Vaccination North-Western Provinces 1866-1877 - 1866-1877
Year: 1866
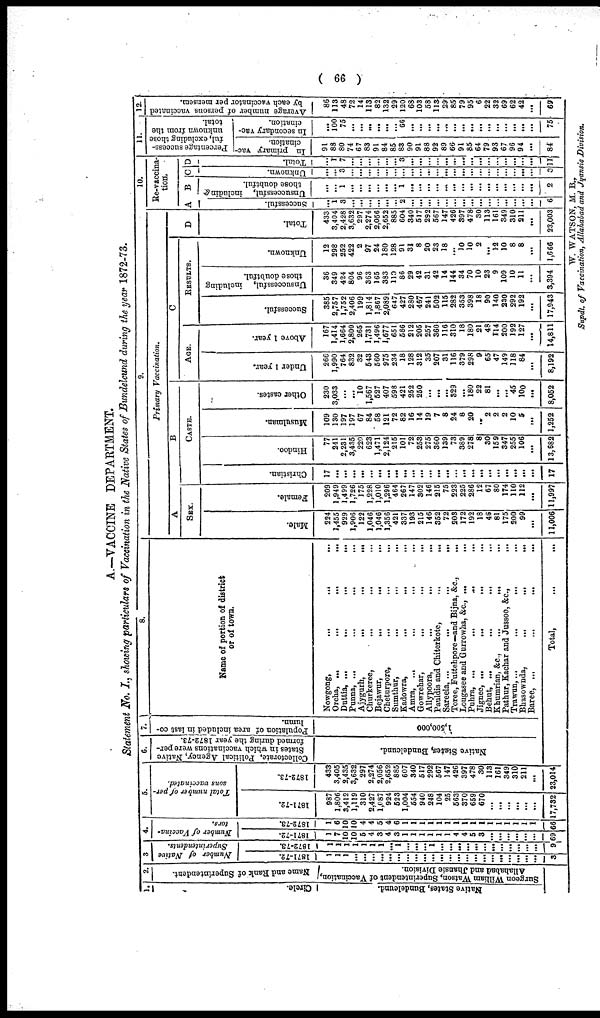
( 66 )
A.—VACCINE DEPARTMENT.
Statement No. I., showing particulars of Vaccination in the Native States of Bundelcund during the year 1872-73.
1.
Circle.
Nat i
ve St at es, Bunde lc
und.
2.
Name and Rank of Superintendent.
Sur ge on Wi l
l
i
a m Wat s on, Supe r
i
nt e nde nt of Vacci nat i
on,
Allahabad and J hans i
e Di vi s i
on.
3.
Number of Native
Superintendents.
1871-72.
1
1
1
...
...
...
...
...
...
...
...
...
...
...
...
...
...
...
...
...
...
...
...
...
3
1872-73.
1
1
1
1
1
1
1
...
1
...
...
...
1
...
...
...
...
...
...
...
...
...
...
...
9
4.
Number of Vaccina-
tors.
1871-72.
1
7
10
10
5
4
3
4
3
1
1
1
1
1
1
4
4
5
3
...
...
...
...
...
...
69
1872-73.
1
6
70
10
4
4
5
4
6
1
1
1
1
1
1
1
1
1
1
1
1
1
1
1
1
66
5.
Total number of per-
sons vaccinated.
1871-72.
987
1,806
3,412
1,119
310
2,427
1,087
924
523
1,004
654
940
248
104
25
563
370
659
670
...
...
...
...
...
...
17,732
1872-73.
433
3,405
2,435
3,632
297
2,274
2,056
2,652
885
607
340
517
292
567
147
426
397
478
30
113
161
349
310
211
...
23,014
6.
Collectorate, Political Agency, Native
States in which vaccinations were per-
formed during the year 1872-73.
Nat i
ve St at es, Bunde lc
und,
7.
Population of area included in last co-
lumn.
1,500,000
8.
Name of portion of district
or of town.
Nowgong,
...
...
...
Orcha,
...
...
...
...
Duttia,
...
...
...
...
Punna,
...
...
...
...
Ajygurh,
...
...
...
Churkeree,
...
...
...
Bejawur,
...
...
...
Cheturpore,
...
...
...
Sumthur,
...
...
...
Kadowra,
...
...
...
Amra,
...
...
...
...
Gowrehar,
...
...
Allypoora,
...
...
...
Pauldis and Chiterkote,
...
...
Sareela,
...
...
...
...
Toree, Futtehpore—and Bijna, &c., ...
Lougasee and Gurrowha, &c.,
...
...
Puhra,
...
...
...
...
Jignee,
...
...
...
...
Behut, ... ... ... ...
Khumrian, &c.,
...
...
,..
Pathur, Kachar and Jussoo, &c.,
...
Trawun,
...
...
...
...
Bhasownda,
...
...
...
Baree,
...
...
...
...
Total, ... ... ... ...
9.
Primary Vaccination.
A
SEX.
Male.
224
1,455
929
1,906
122
1,046
1,046
1,356
421
337
193
215
146
352
72
203
172
192
18
46
81
175
200
99
...
11,006
Female.
209
1,949
1,499
1,726
175
1,228
1,010
1,296
464
267
147
302
146
215
75
223
225
286
12
67
80
174
110
212
...
11,997
B
CASTE.
Christian.
17
...
...
...
...
...
...
...
...
...
...
...
...
...
...
...
...
...
...
...
...
...
...
...
...
17
Hindoo.
77
241
2,231
3,435
220
623
1,471
2,124
215
101
72
253
275
360
139
73
389
278
8
30
159
347
255
106
...
13,682
Musulman.
109
130
197
197
67
84
58
121
72
82
16
14
19
7
8
24
8
20
..
2
2
2
10
5
...
1,252
Other castes.
230
3,033
...
... 10
1,567
527
407
598
421
262
250
...
...
... 329
... 180
22
81
...
...
45
100
...
8,052
C
AGE.
Under 1 year.
266
1,990
764
832
32
543
560
975
234
18
128
312
35
207
31
116
379
298
9
65
47
149
118
84
...
8,192
Above 1 year.
167
1,414
1,664
2,800
265
1,731
1,496
1,677
651
566
212
205
257
360
116
310
18
180
21
48
114
200
192
127
...
14,811
RESULTS.
Successful.
385
2,757
1,752
2,406
199
1,814
1,867
2,089
647
427
280
467
241
502
115
282
353
398
18
90
140
230
292
192
...
17,943
Unsuccessful, including
those doubtful.
36
349
424
804
96
363
165
383
110
86
29
42
31
42
14
144
34
70
10
23
9
109
10
11
...
3,394
Unknown.
12
298
252
422
2
97
24
180
128
91
31
8
20
23
18
... 10
10
2
... 12
10
8
8
...
1,666
D
Total.
433
3,404
2,428
3,632
297
2,274
2,056
2,652
885
604
340
517
292
567
147
426
397
478
30
113
161
349
310
211
...
23,003
10.
Re-vaccina-
tion.
A
Successful.
...
1
3
...
...
...
...
...
... 2
...
...
...
...
... ...
...
...
...
...
...
...
...
...
...
6
B
Unsuccessful, including
those doubtful.
...
... 1
...
...
...
...
...
... 1
...
...
...
...
...
...
...
...
...
...
...
...
...
...
2
C
Unknown.
...
... 3
...
...
...
...
...
...
...
...
...
...
...
...
...
...
...
...
...
...
...
...
...
...
3
D
Total.
1
7
...
...
...
...
...
... 3
...
...
...
...
...
...
...
...
...
...
...
...
...
...
...
11
11.
P
ercentage success-
ful, excluding those
unknown from the total.
In primary vac-
cination.
91
88
80
74
67
83
91
84
85
83
90
91
88
92
89
66
91
85
64
79
93
67
96
94
...
84
In secondary vac-
cination.
...
100
75
...
...
...
...
...
... 66
...
...
...
...
...
...
...
...
...
...
...
...
...
...
...
75
12.
Average number of persons vaccinated
by each vaccinator per mensem.
86
113
48
72
14
113
82
132
29
120
68
103
58
113
29
85
79
95
6
22
33
69
62
42
...
69
W. WATSON, M. B.,
Sundt of Vaccination. Allahabad and Juansie Division.